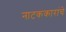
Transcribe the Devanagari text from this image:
नाटककारांचे